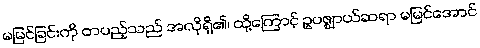
မမြင်ခြင်းကို တပည့်သည် အလိုရှိ၏၊ ထို့ကြောင့် ဥပဇ္ဈာယ်ဆရာ မမြင်အောင်